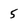
Character: 5